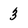
Character: 3